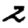
Digit: 2